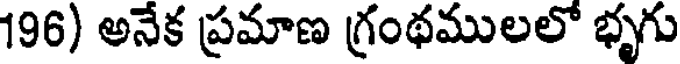
196) అనేక ప్రమాణ గ్రంథములలో భృగు